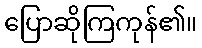
ပြောဆိုကြကုန်၏။